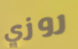
روزي